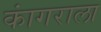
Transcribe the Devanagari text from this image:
कांगराला